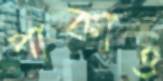
পাকাও